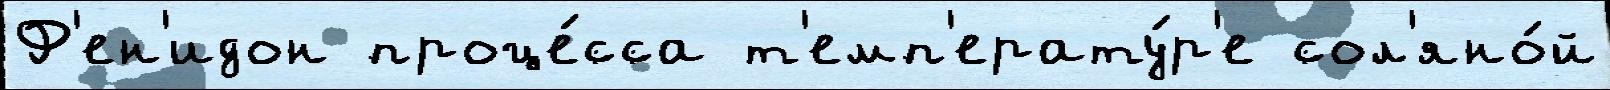
Ф'ен'идон проце́сса т'емп'ерату́р'е сол'яно́й